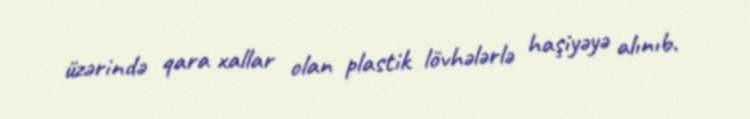
üzərində qara xallar olan plastik lövhələrlə haşiyəyə alınıb.